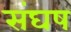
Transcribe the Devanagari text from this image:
संघष